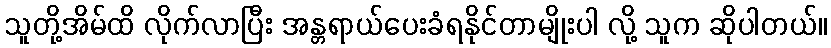
သူတို့အိမ်ထိ လိုက်လာပြီး အန္တရာယ်ပေးခံရနိုင်တာမျိုးပါ လို့ သူက ဆိုပါတယ်။